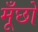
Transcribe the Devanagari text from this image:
मूँछों